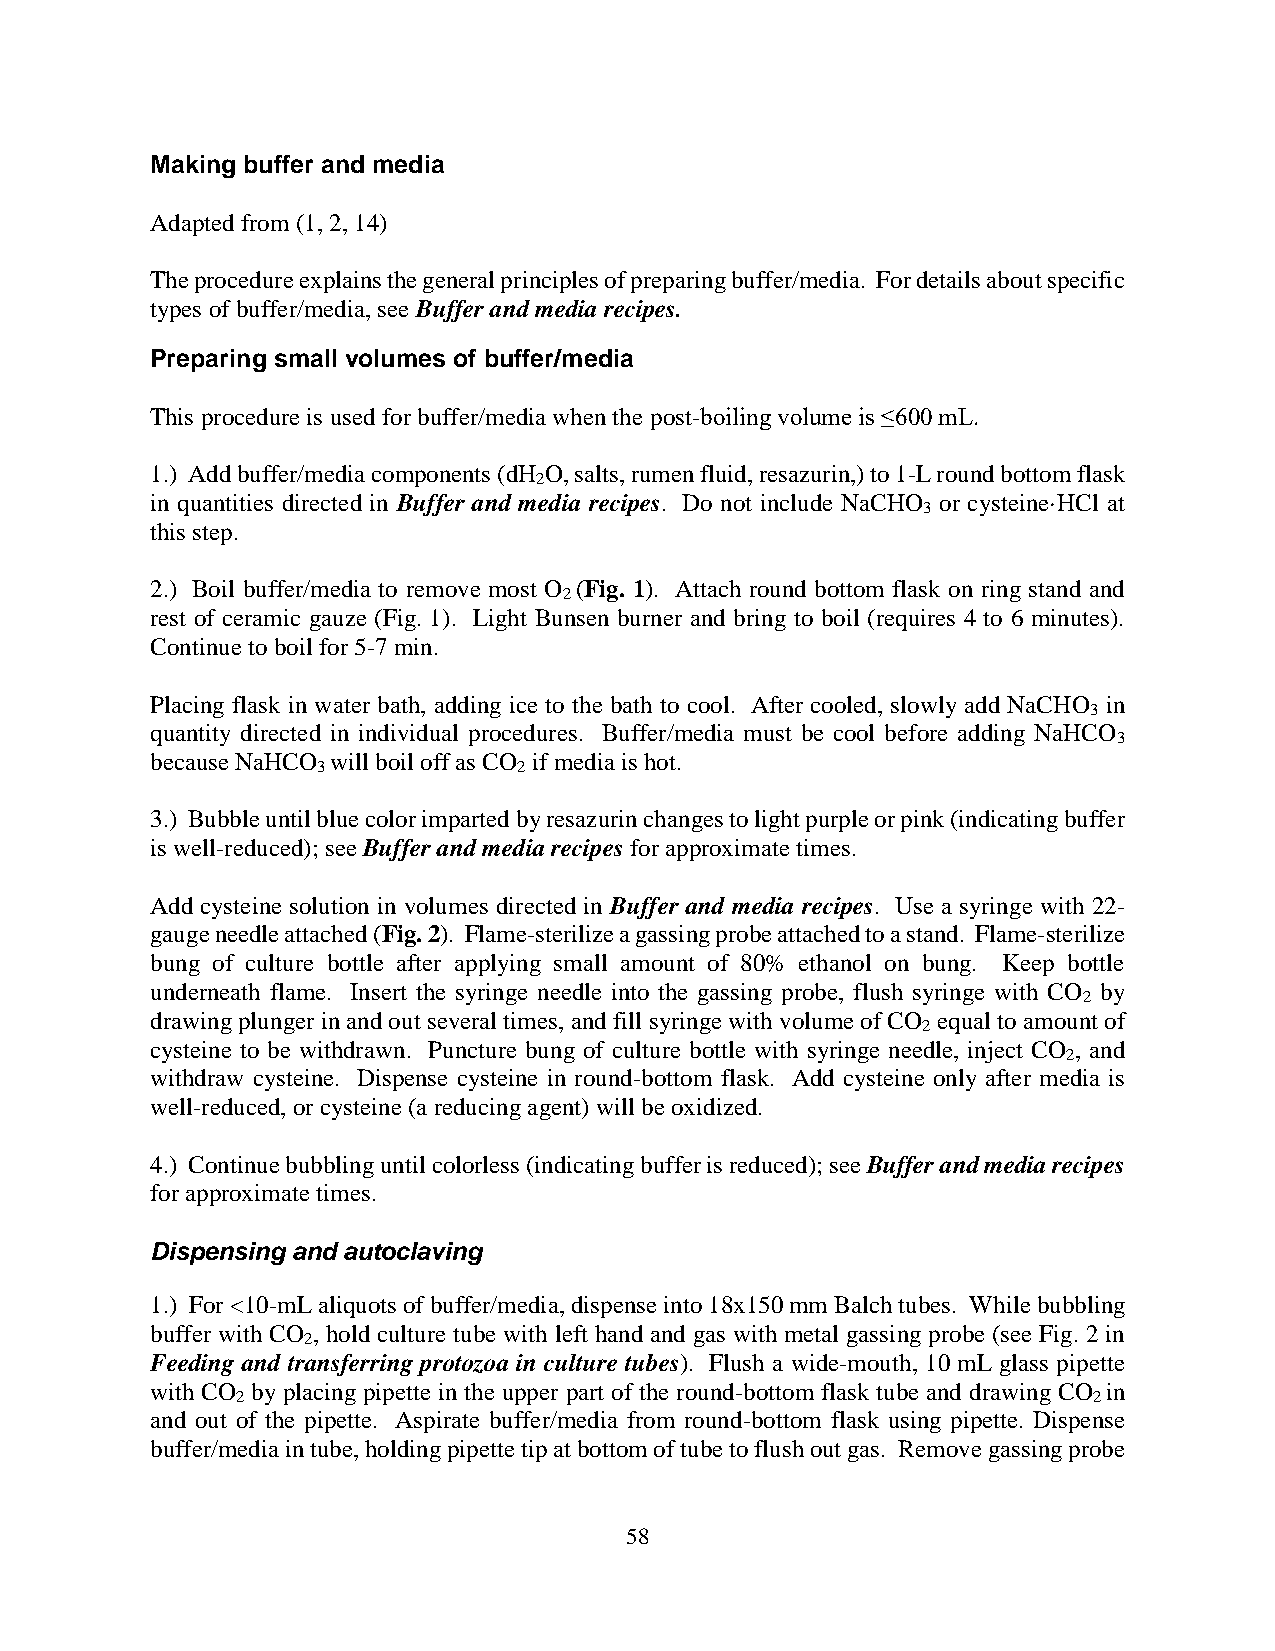
Making buffer and media
 Adapted from (1, 2, 14)
 The procedure explains the general principles of preparing buffer/media. For details about specific
 types of buffer/media, see Buffer and media recipes.
 Preparing small volumes of buffer/media
 This procedure is used for buffer/media when the post-boiling volume is ≤600 mL.
 1.) Add buffer/media components (dH O, salts, rumen fluid, resazurin,) to 1-L round bottom flask
 2
 in quantities directed in Buffer and media recipes. Do not include NaCHO or cysteine·HCl at
 3
 this step.
 2.) Boil buffer/media to remove most O (Fig. 1). Attach round bottom flask on ring stand and
 2
 rest of ceramic gauze (Fig. 1). Light Bunsen burner and bring to boil (requires 4 to 6 minutes).
 Continue to boil for 5-7 min.
 Placing flask in water bath, adding ice to the bath to cool. After cooled, slowly add NaCHO in
 3
 quantity directed in individual procedures. Buffer/media must be cool before adding NaHCO
 3
 because NaHCO will boil off as CO if media is hot.
 3            2
 3.) Bubble until blue color imparted by resazurin changes to light purple or pink (indicating buffer
 is well-reduced); see Buffer and media recipes for approximate times.
 Add cysteine solution in volumes directed in Buffer and media recipes. Use a syringe with 22-
 gauge needle attached (Fig. 2). Flame-sterilize a gassing probe attached to a stand. Flame-sterilize
 bung of culture bottle after applying small amount of 80% ethanol on bung. Keep bottle
 underneath flame. Insert the syringe needle into the gassing probe, flush syringe with CO by
 2
 drawing plunger in and out several times, and fill syringe with volume of CO equal to amount of
 2
 cysteine to be withdrawn. Puncture bung of culture bottle with syringe needle, inject CO , and
 2
 withdraw cysteine. Dispense cysteine in round-bottom flask. Add cysteine only after media is
 well-reduced, or cysteine (a reducing agent) will be oxidized.
 4.) Continue bubbling until colorless (indicating buffer is reduced); see Buffer and media recipes
 for approximate times.
 Dispensing and autoclaving
 1.) For <10-mL aliquots of buffer/media, dispense into 18x150 mm Balch tubes. While bubbling
 buffer with CO , hold culture tube with left hand and gas with metal gassing probe (see Fig. 2 in
 2
 Feeding and transferring protozoa in culture tubes). Flush a wide-mouth, 10 mL glass pipette
 with CO by placing pipette in the upper part of the round-bottom flask tube and drawing CO in
 2                                                       2
 and out of the pipette. Aspirate buffer/media from round-bottom flask using pipette. Dispense
 buffer/media in tube, holding pipette tip at bottom of tube to flush out gas. Remove gassing probe
 58